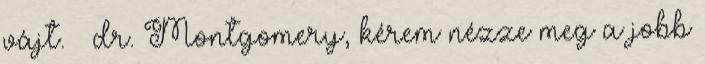
vájt. – dr. Montgomery, kérem nézze meg a jobb